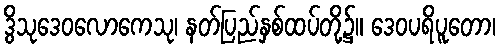
ဒွိသုဒေဝလောကေသု၊ နတ်ပြည်နှစ်ထပ်တို့၌။ ဒေဝပရိပူတော၊